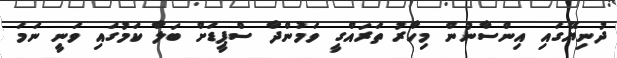
ދުނިޔޭގައި އިންސާނުން މިހާރު ތަރައްގީ ވަމުންދާ ސްޕީޑަށް ބަލާ ކަމުގައި ވަނީ ނަމަ